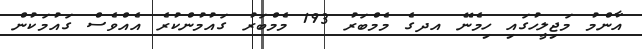
އާންމު މަޖިލީހުގައި ހިމެނޭ އދގެ މެމްބަރު 193 މެމްބަރު ގައުމުންކުރެ އެއްވެސް ގައުމަކުން